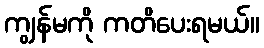
ကျွန်မကို ကတိပေးရမယ်။